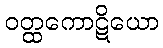
ဝတ္ထကောဋိယော